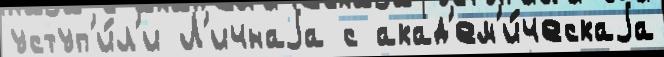
уступ'и́л'и Л'ичнаjа с акад'ем'и́ческаjа